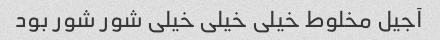
آجیل مخلوط خیلی خیلی خیلی شور شور بود